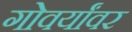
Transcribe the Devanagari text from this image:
गोवर्यांवर